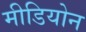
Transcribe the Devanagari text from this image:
मीडियोन